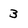
Character: 3